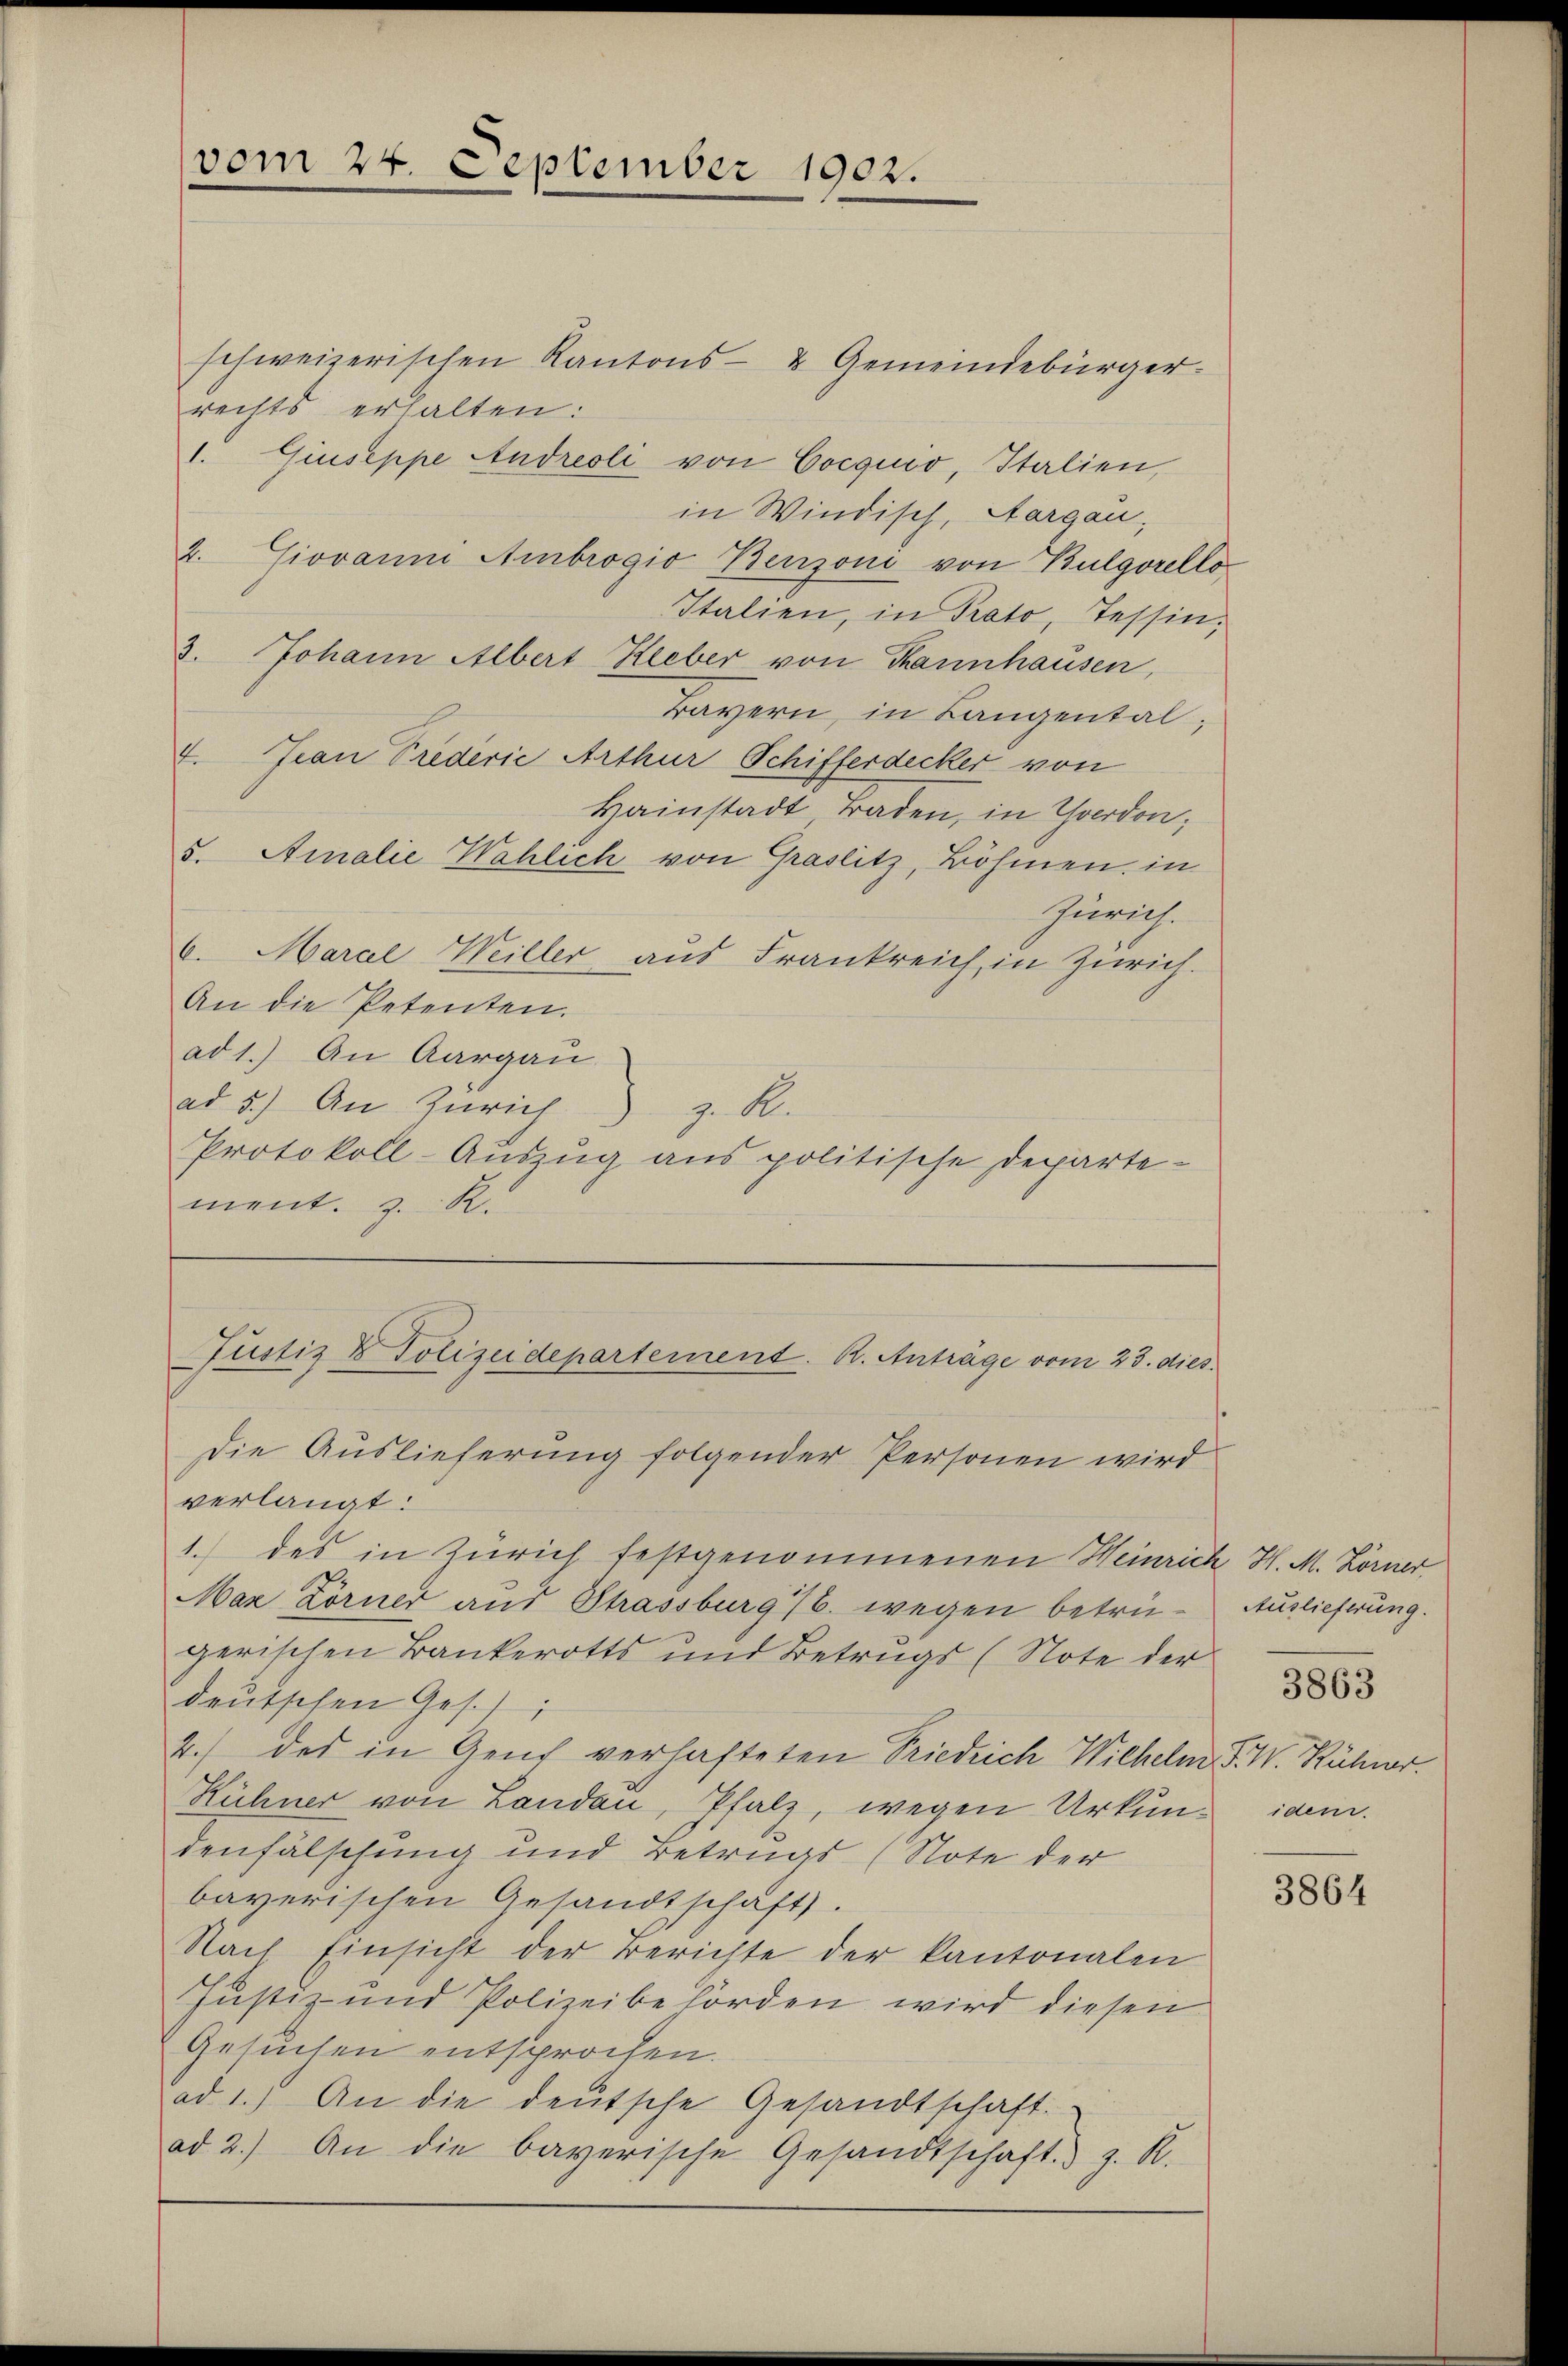
vom 24. September 1902.

schweizerischen Kantons- & Gemeindebürger
rechts erhalten:
1. Giuseppe Andreoli von Cocquo, Italien,
in Windisch, Aargau,
2. Giovanni Ambrogio Benzoni von Bulgorellos
Italien, in Prato, Tessin,
3. Johann Albert Hieber von Tannhausen,
Bayern, in Langental,
4. Jean Prederie Arthur Schifferdecker von
Hainstadt Baden, in Yverdon;
5. Amalie Wählich von Graslitz, Böhmen in
Zürich.
6. Maral Weiller aus Frankreich in Zürich.
An die Petenten.
ad 1.) An Aargau
ad 5.) An Zürich z. R.
Protokoll-Auszug aus politische Departement. z. R.

Justiz & Polizeidepartement. K. Anträge vom 23. dies.
Die Auslieferung folgender Personen wird

verlangt:
1.) des in Zürich festgenommenen Heinrich H. M. Lörner
Max Zörner aus Strassburg /6. wegen betrügerischen Bankerotts und Betrugs (Note der
deutschen Ges.)
2.) des in Genf verhafteten Friedrich Wilhelm F. W. Kühner.
Rühner von Landen, Pfalz, wegen Urkun- idem.
denfälschung und Betrugs (Note der
bayerischen Gesandtschaft.
Nach Einsicht der Berichte der kantonalen
Justiz- und Polizeibehörden wird diesen
Gesuchen entsprochen.
ad 1.) An die deŭtsche Gesandtschaft.
ad 2.) An die bayerische Gesandtschaft z. R.

Auslieferung.
3863

3864